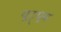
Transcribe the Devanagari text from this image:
यूट़्यूब